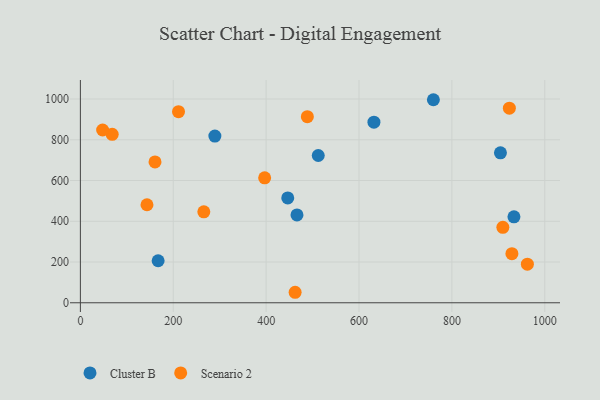
{"axis": {"x": "Engine Size", "y": "Sales"}, "legend": ["Cluster B", "Scenario 2"], "data": [{"x": "760.1", "y": 996.6, "type": "Cluster B"}, {"x": "904.5", "y": 735.8, "type": "Cluster B"}, {"x": "512.2", "y": 722.9, "type": "Cluster B"}, {"x": "446.5", "y": 514.4, "type": "Cluster B"}, {"x": "167.4", "y": 206.2, "type": "Cluster B"}, {"x": "632.1", "y": 886.3, "type": "Cluster B"}, {"x": "466.4", "y": 431.2, "type": "Cluster B"}, {"x": "933.6", "y": 421.8, "type": "Cluster B"}, {"x": "289.6", "y": 818.2, "type": "Cluster B"}, {"x": "68.5", "y": 827.0, "type": "Scenario 2"}, {"x": "488.7", "y": 913.4, "type": "Scenario 2"}, {"x": "462.4", "y": 51.5, "type": "Scenario 2"}, {"x": "929.2", "y": 241.0, "type": "Scenario 2"}, {"x": "143.4", "y": 481.2, "type": "Scenario 2"}, {"x": "47.9", "y": 848.0, "type": "Scenario 2"}, {"x": "211.3", "y": 938.1, "type": "Scenario 2"}, {"x": "160.7", "y": 691.3, "type": "Scenario 2"}, {"x": "909.7", "y": 370.3, "type": "Scenario 2"}, {"x": "396.8", "y": 613.4, "type": "Scenario 2"}, {"x": "923.7", "y": 955.0, "type": "Scenario 2"}, {"x": "962.5", "y": 189.3, "type": "Scenario 2"}, {"x": "265.8", "y": 446.5, "type": "Scenario 2"}]}